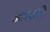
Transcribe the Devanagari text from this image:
अतकरी